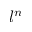
l ^ { n }